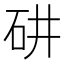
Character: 𥐹